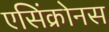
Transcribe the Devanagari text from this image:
एसिंक्रोनस